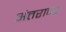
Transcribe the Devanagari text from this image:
अंतरावर